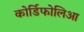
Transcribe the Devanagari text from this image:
कोर्डिफोलिआ